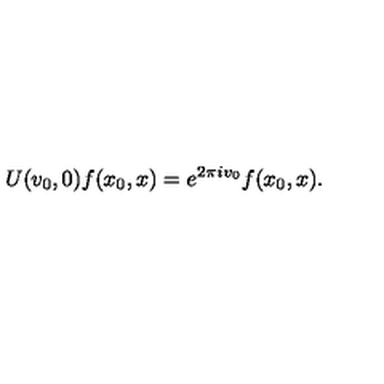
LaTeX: U ( v _ { 0 } , 0 ) f ( x _ { 0 } , x ) = e ^ { 2 \pi i v _ { 0 } } f ( x _ { 0 } , x ) .